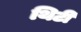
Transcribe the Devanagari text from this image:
थिटी